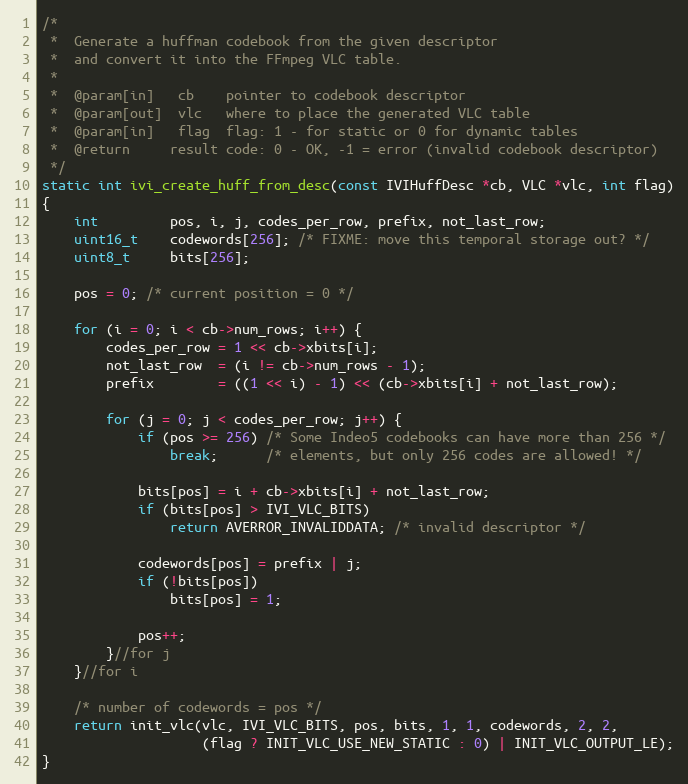
Language: C
/*
 *  Generate a huffman codebook from the given descriptor
 *  and convert it into the FFmpeg VLC table.
 *
 *  @param[in]   cb    pointer to codebook descriptor
 *  @param[out]  vlc   where to place the generated VLC table
 *  @param[in]   flag  flag: 1 - for static or 0 for dynamic tables
 *  @return     result code: 0 - OK, -1 = error (invalid codebook descriptor)
 */
static int ivi_create_huff_from_desc(const IVIHuffDesc *cb, VLC *vlc, int flag)
{
    int         pos, i, j, codes_per_row, prefix, not_last_row;
    uint16_t    codewords[256]; /* FIXME: move this temporal storage out? */
    uint8_t     bits[256];

    pos = 0; /* current position = 0 */

    for (i = 0; i < cb->num_rows; i++) {
        codes_per_row = 1 << cb->xbits[i];
        not_last_row  = (i != cb->num_rows - 1);
        prefix        = ((1 << i) - 1) << (cb->xbits[i] + not_last_row);

        for (j = 0; j < codes_per_row; j++) {
            if (pos >= 256) /* Some Indeo5 codebooks can have more than 256 */
                break;      /* elements, but only 256 codes are allowed! */

            bits[pos] = i + cb->xbits[i] + not_last_row;
            if (bits[pos] > IVI_VLC_BITS)
                return AVERROR_INVALIDDATA; /* invalid descriptor */

            codewords[pos] = prefix | j;
            if (!bits[pos])
                bits[pos] = 1;

            pos++;
        }//for j
    }//for i

    /* number of codewords = pos */
    return init_vlc(vlc, IVI_VLC_BITS, pos, bits, 1, 1, codewords, 2, 2,
                    (flag ? INIT_VLC_USE_NEW_STATIC : 0) | INIT_VLC_OUTPUT_LE);
}